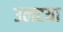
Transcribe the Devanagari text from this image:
उलटया